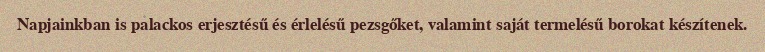
Napjainkban is palackos erjesztésű és érlelésű pezsgőket, valamint saját termelésű borokat készítenek.